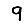
Digit: 9